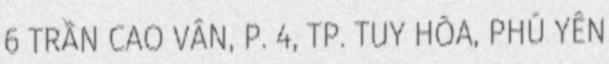
6 TRẦN CAO VÂN, P. 4, TP. TUY HÒA, PHÚ YÊN